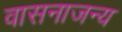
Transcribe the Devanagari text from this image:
वासनाजन्य